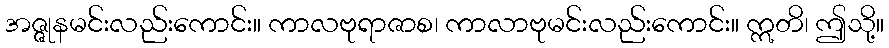
အဇ္ဇုနမင်းလည်းကောင်း။ ကာလဗုရာဇာစ၊ ကာလာဗုမင်းလည်းကောင်း။ ဣတိ၊ ဤသို့။